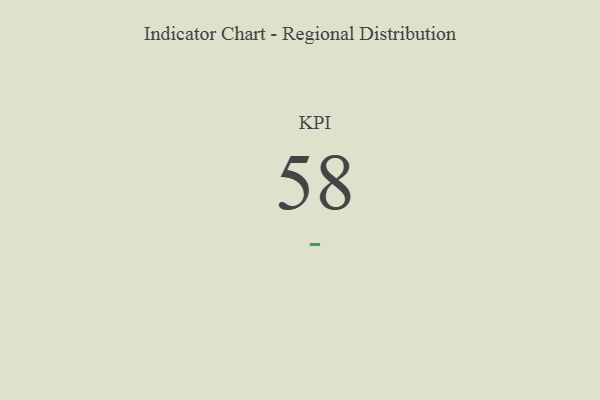
{"axis": {"x": "KPI", "y": "Value"}, "legend": [""], "data": [{"x": "KPI", "y": 58, "type": ""}]}